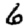
Digit: 6